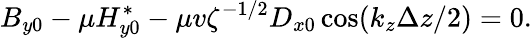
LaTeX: B_{y0}-\mu H_{y0}^{*}-\mu v\zeta^{-1/2}D_{x0}\cos(k_{z}\Delta z/2)=0.